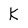
Character: k